Mental hospitals Bombay report 1921-28 - 1921-1928
Year: 1921
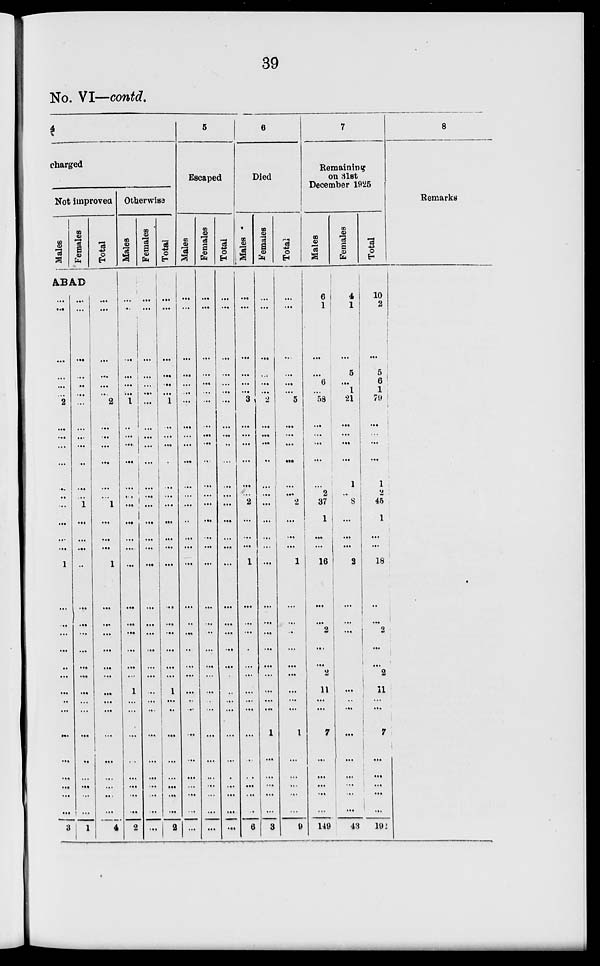
39
No. VI—contd.
4
charged
Not improved
Males
Females
Total
ABAD
...
...
...
...
...
...
2
...
...
...
...
...
...
...
...
...
...
1
...
...
...
...
...
...
...
...
...
...
...
...
...
...
...
3
...
...
...
...
...
...
...
...
...
...
...
...
...
1
...
...
...
...
...
...
...
...
...
...
...
...
...
...
...
...
...
...
...
1
...
...
...
...
...
...
2
...
...
...
...
...
...
1
...
...
...
1
...
...
...
...
...
...
...
...
...
...
...
...
...
...
...
4
Otherwise
Males
...
...
...
...
...
...
1
...
...
...
...
...
...
...
...
...
...
...
...
...
...
...
...
...
1
...
...
...
...
...
...
...
...
2
Females
...
...
...
...
...
...
...
...
...
...
...
...
...
...
...
...
...
...
...
...
...
...
...
...
...
...
...
...
...
...
...
...
...
...
Total
...
...
...
...
...
...
1
...
...
...
...
...
...
...
...
...
...
...
...
...
...
...
...
...
1
...
...
...
...
...
...
...
...
2
5
Escaped
Males
...
...
...
...
...
...
...
...
...
...
...
...
...
...
...
...
...
...
...
...
...
...
...
...
...
...
...
...
...
...
...
...
...
...
Females
...
...
...
...
...
...
...
...
...
...
...
...
...
...
...
...
...
...
...
...
...
...
...
...
...
...
...
...
...
...
...
...
...
...
Total
...
...
...
...
...
...
...
...
...
...
...
...
...
...
...
...
...
...
...
...
...
...
...
...
...
...
...
...
...
...
...
...
...
...
6
Died
Males
...
...
...
...
...
...
3
...
...
...
...
...
...
2
...
...
...
1
...
...
...
...
...
...
...
...
...
...
...
...
...
...
...
6
Females
...
...
...
...
...
...
2
...
...
...
...
...
...
...
...
...
...
...
...
...
...
...
...
...
...
...
...
1
...
...
...
...
...
3
Total
...
...
...
...
...
...
5
...
...
...
...
...
...
2
...
...
...
1
...
...
...
...
...
...
...
...
...
1
...
...
...
...
...
9
7
Remaining
on 31st
December 1925
Males
6
1
...
...
6
...
58
...
...
...
...
...
2
37
1
...
...
16
...
...
2
...
...
2
11
...
...
7
...
...
...
...
...
149
Females
4
1
...
5
...
1
21
...
...
...
...
1
...
8
...
...
...
2
...
...
...
...
...
...
...
...
...
...
...
...
...
...
...
43
Total
10
2
...
5
6
1
79
...
...
...
...
1
2
45
1
...
...
18
...
...
2
...
...
2
11
...
...
7
...
...
...
...
...
192
8
Remarks